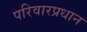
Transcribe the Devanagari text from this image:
परिवारप्रधान